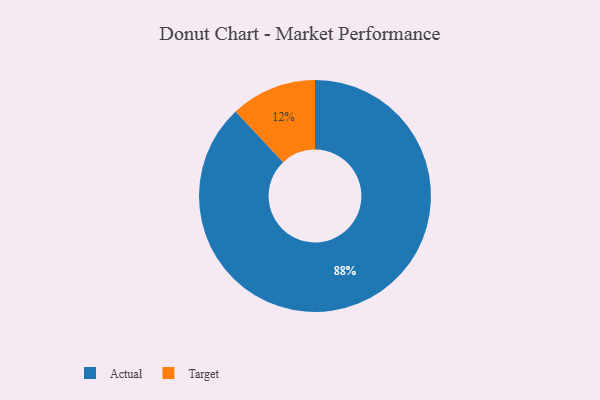
{"axis": {"x": "Category", "y": "Percentage"}, "legend": ["Actual", "Target"], "data": [{"x": "Actual", "y": 88, "type": "Actual"}, {"x": "Target", "y": 12, "type": "Target"}]}